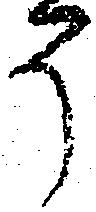
そ